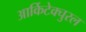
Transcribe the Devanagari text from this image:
आर्किटेक्चुरल